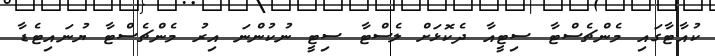
ކުއާޓާގައި މެންޗެސްޓާ ސިޓީއާ ދެކޮޅަށް ލެސްޓާ ސިޓީ ނުކުންނަ އިރު މެންޗެސްޓާ ޔުނައިޓެޑާ